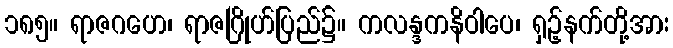
၁၈၅။ ရာဇဂဟေ၊ ရာဇဂြိုဟ်ပြည်၌။ ကလန္ဒကနိဝါပေ၊ ရှဉ့်နက်တို့အား